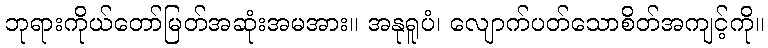
ဘုရားကိုယ်တော်မြတ်အဆုံးအမအား။ အနုရူပံ၊ လျောက်ပတ်သောစိတ်အကျင့်ကို။